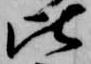
比